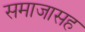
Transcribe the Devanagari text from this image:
समाजासह